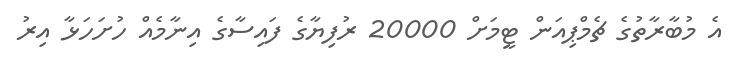
އެ މުބާރާތުގެ ޗެމްޕިއަން ޓީމަށް 20000 ރުފިޔާގެ ފައިސާގެ އިނާމެއް ހުށަހަޅާ އިރު